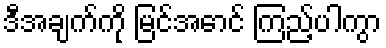
ဒီအချက်ကို မြင်အောင် ကြည့်ပါကွာ